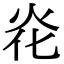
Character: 炛